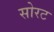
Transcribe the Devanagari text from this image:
सोरट